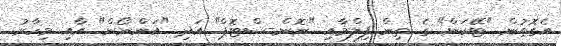
އެގޮތުން "ޓޭކަން" ގެ ތިން ފިލްމާއި "ނޮން-ސްޓޮޕް" އަދި "އަންނޯން" އާއި މިހާރު